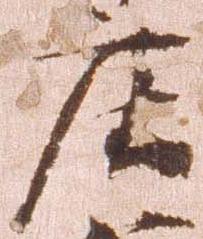
庄